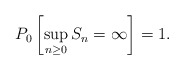
\begin{align*} P_0\left[\sup_{n\geq0} S_n=\infty\right]=1. \end{align*}